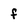
Character: f